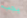
يجب